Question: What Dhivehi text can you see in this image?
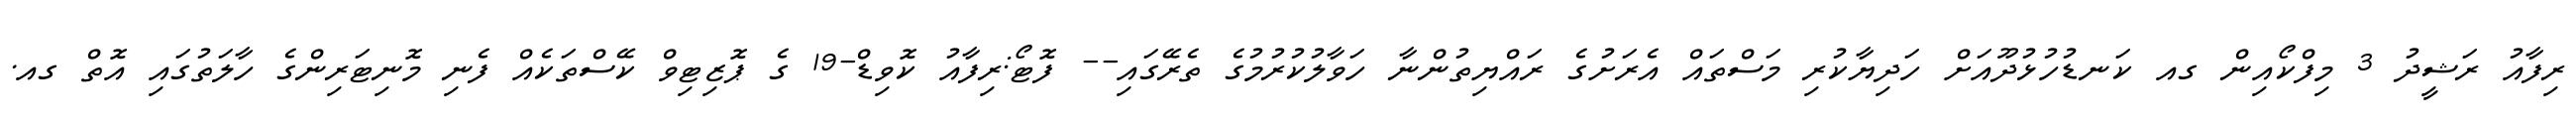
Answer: ރިފާއު ރަޝީދު 3 މިފްކޯއިން ގއ ކަނޑުހުޅުދޫއަށް ހަދިޔާކުރި މަސްތައް އެރަށުގެ ރައްޔިތުންނާ ހަވާލުކުރުމުގެ ތެރޭގައި-- ފޮޓޯ:ރިފާއު ކޮވިޑް-19 ގެ ޕޮޒިޓިވް ކޭސްތަކެއް ފެނި މޮނިޓަރިންގެ ހާލަތުގައި އޮތް ގއ.